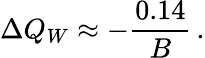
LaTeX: \Delta Q_{W}\approx-{\frac{0.14}{B}}\, .